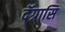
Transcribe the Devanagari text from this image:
दॅग्रासि